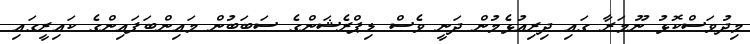
މިދުވަސްކޮޅު ނޫމަރާ ގައި ދިރިއުޅެމުން ދަނީ ވެސް ޑިޕްރެޝަންގެ ސަބަބުން މައިންބަފައިންގެ ކައިރީގައި